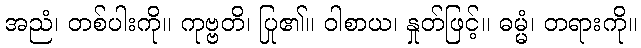
အညံ၊ တစ်ပါးကို။ ကုဗ္ဗတိ၊ ပြု၏။ ဝါစာယ၊ နှုတ်ဖြင့်။ ဓမ္မံ၊ တရားကို။